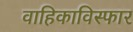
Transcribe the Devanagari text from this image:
वाहिकाविस्फार